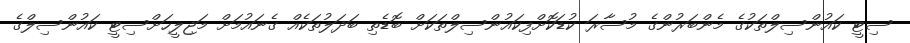
ސިޓީ ކައުންސިލްތަކުގެ މެންބަރުންގެ މުސާރަ ކުޑަކޮށްފިކައުންސިލްތަކަށް ބޮޑެތި ބަދަލުތަކެއް ގެނައުމަށް މަޖިލީހަށްސިޓީ ކައުންސިލްގެ